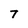
Character: T